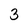
Character: 3